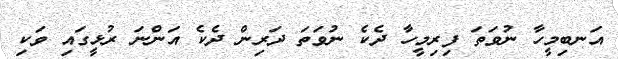
އަނބިމީހާ ނުވަތަ ފިރިމީހާ ދެކެ ނުވަތަ ދަރިން ދެކެ އަންނަ ރުޅީގައި ވަކި